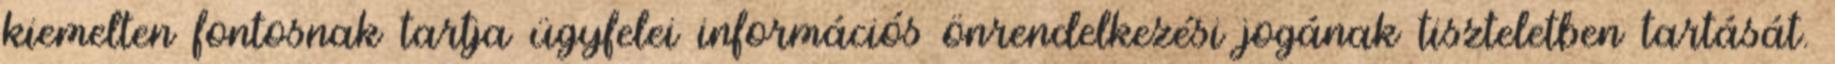
kiemelten fontosnak tartja ügyfelei információs önrendelkezési jogának tiszteletben tartását.